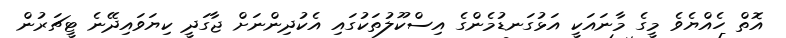
އޮތް ހެއްޔެވެ މީގެ މާނައަކީ އަޅުގަނޑުމެންގެ އިސްކޫލުތަކުގައި އެކުދިންނަށް ޖާގަދީ ކިޔަވައިދޭނެ ޓީޗަރުން